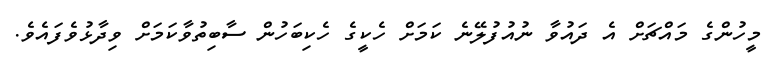
މީހުންގެ މައްޗަށް އެ ދައުވާ ނުއުފުލޭނެ ކަމަށް ހެކީގެ ހެކިބަހުން ސާބިތުވާކަމަށް ވިދާޅުވެފައެވެ.